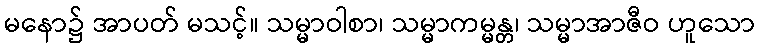
မနော၌ အာပတ် မသင့်။ သမ္မာဝါစာ၊ သမ္မာကမ္မန္တ၊ သမ္မာအာဇီဝ ဟူသော